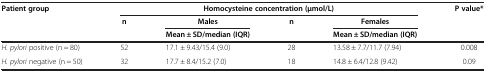
| Patient group | <COLSPAN=4> Homocysteine concentration (μmol/L) | P value* |
 |  | n | Males | n | Females |  |
 |  |  | Mean ± SD/median (IQR) |  | Mean ± SD/median (IQR) |  |
 | --- | --- | --- | --- | --- | --- |
 | H. pylori positive (n = 80) | 52 | 17.1 ± 9.43/15.4 (9.0) | 28 | 13.58 ± 7.7/11.7 (7.94) | 0.008 |
 | H. pylori negative (n = 50) | 32 | 17.7 ± 8.4/15.2 (7.0) | 18 | 14.8 ± 6.4/12.8 (9.42) | 0.09 |